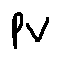
p _ { v }